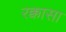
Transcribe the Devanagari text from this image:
रक्कासा